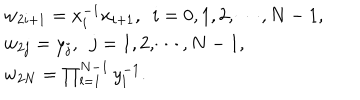
\begin{array} { l } { { w _ { 2 i + 1 } = x _ { i } ^ { - 1 } x _ { i + 1 } , ~ ~ i = 0 , 1 , 2 , \cdots , N - 1 , } } \\ { { w _ { 2 j } = y _ { j } , ~ ~ j = 1 , 2 , \cdots , N - 1 , } } \\ { { w _ { 2 N } = \prod _ { l = 1 } ^ { N - 1 } y _ { l } ^ { - 1 } . } } \\ \end{array}